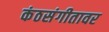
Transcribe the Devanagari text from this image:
कंठसंगीतावर